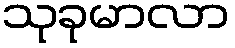
သုခုမာလာ